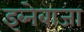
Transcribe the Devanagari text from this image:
इब्नेबाजा